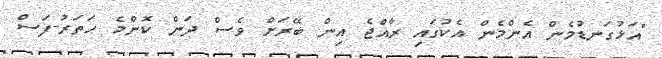
"އަޅުގަނޑުމެން އެންމެން އެކުގައި ރާއްޖެ އިން ބޭރަށް ވެސް ދަން ކޮންމެ ހަތަރު-ފަސް